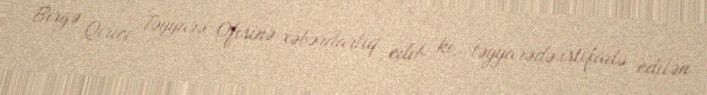
Birgə Qırıcı Təyyarə Ofisinə xəbərdarlıq edib ki, təyyarədə istifadə edilən